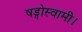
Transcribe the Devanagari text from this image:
षड्गोस्वामी।